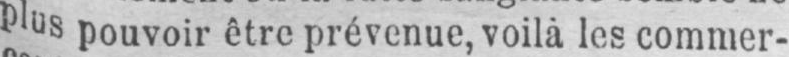
plus pouvoir être prévenue, voilà les commer-